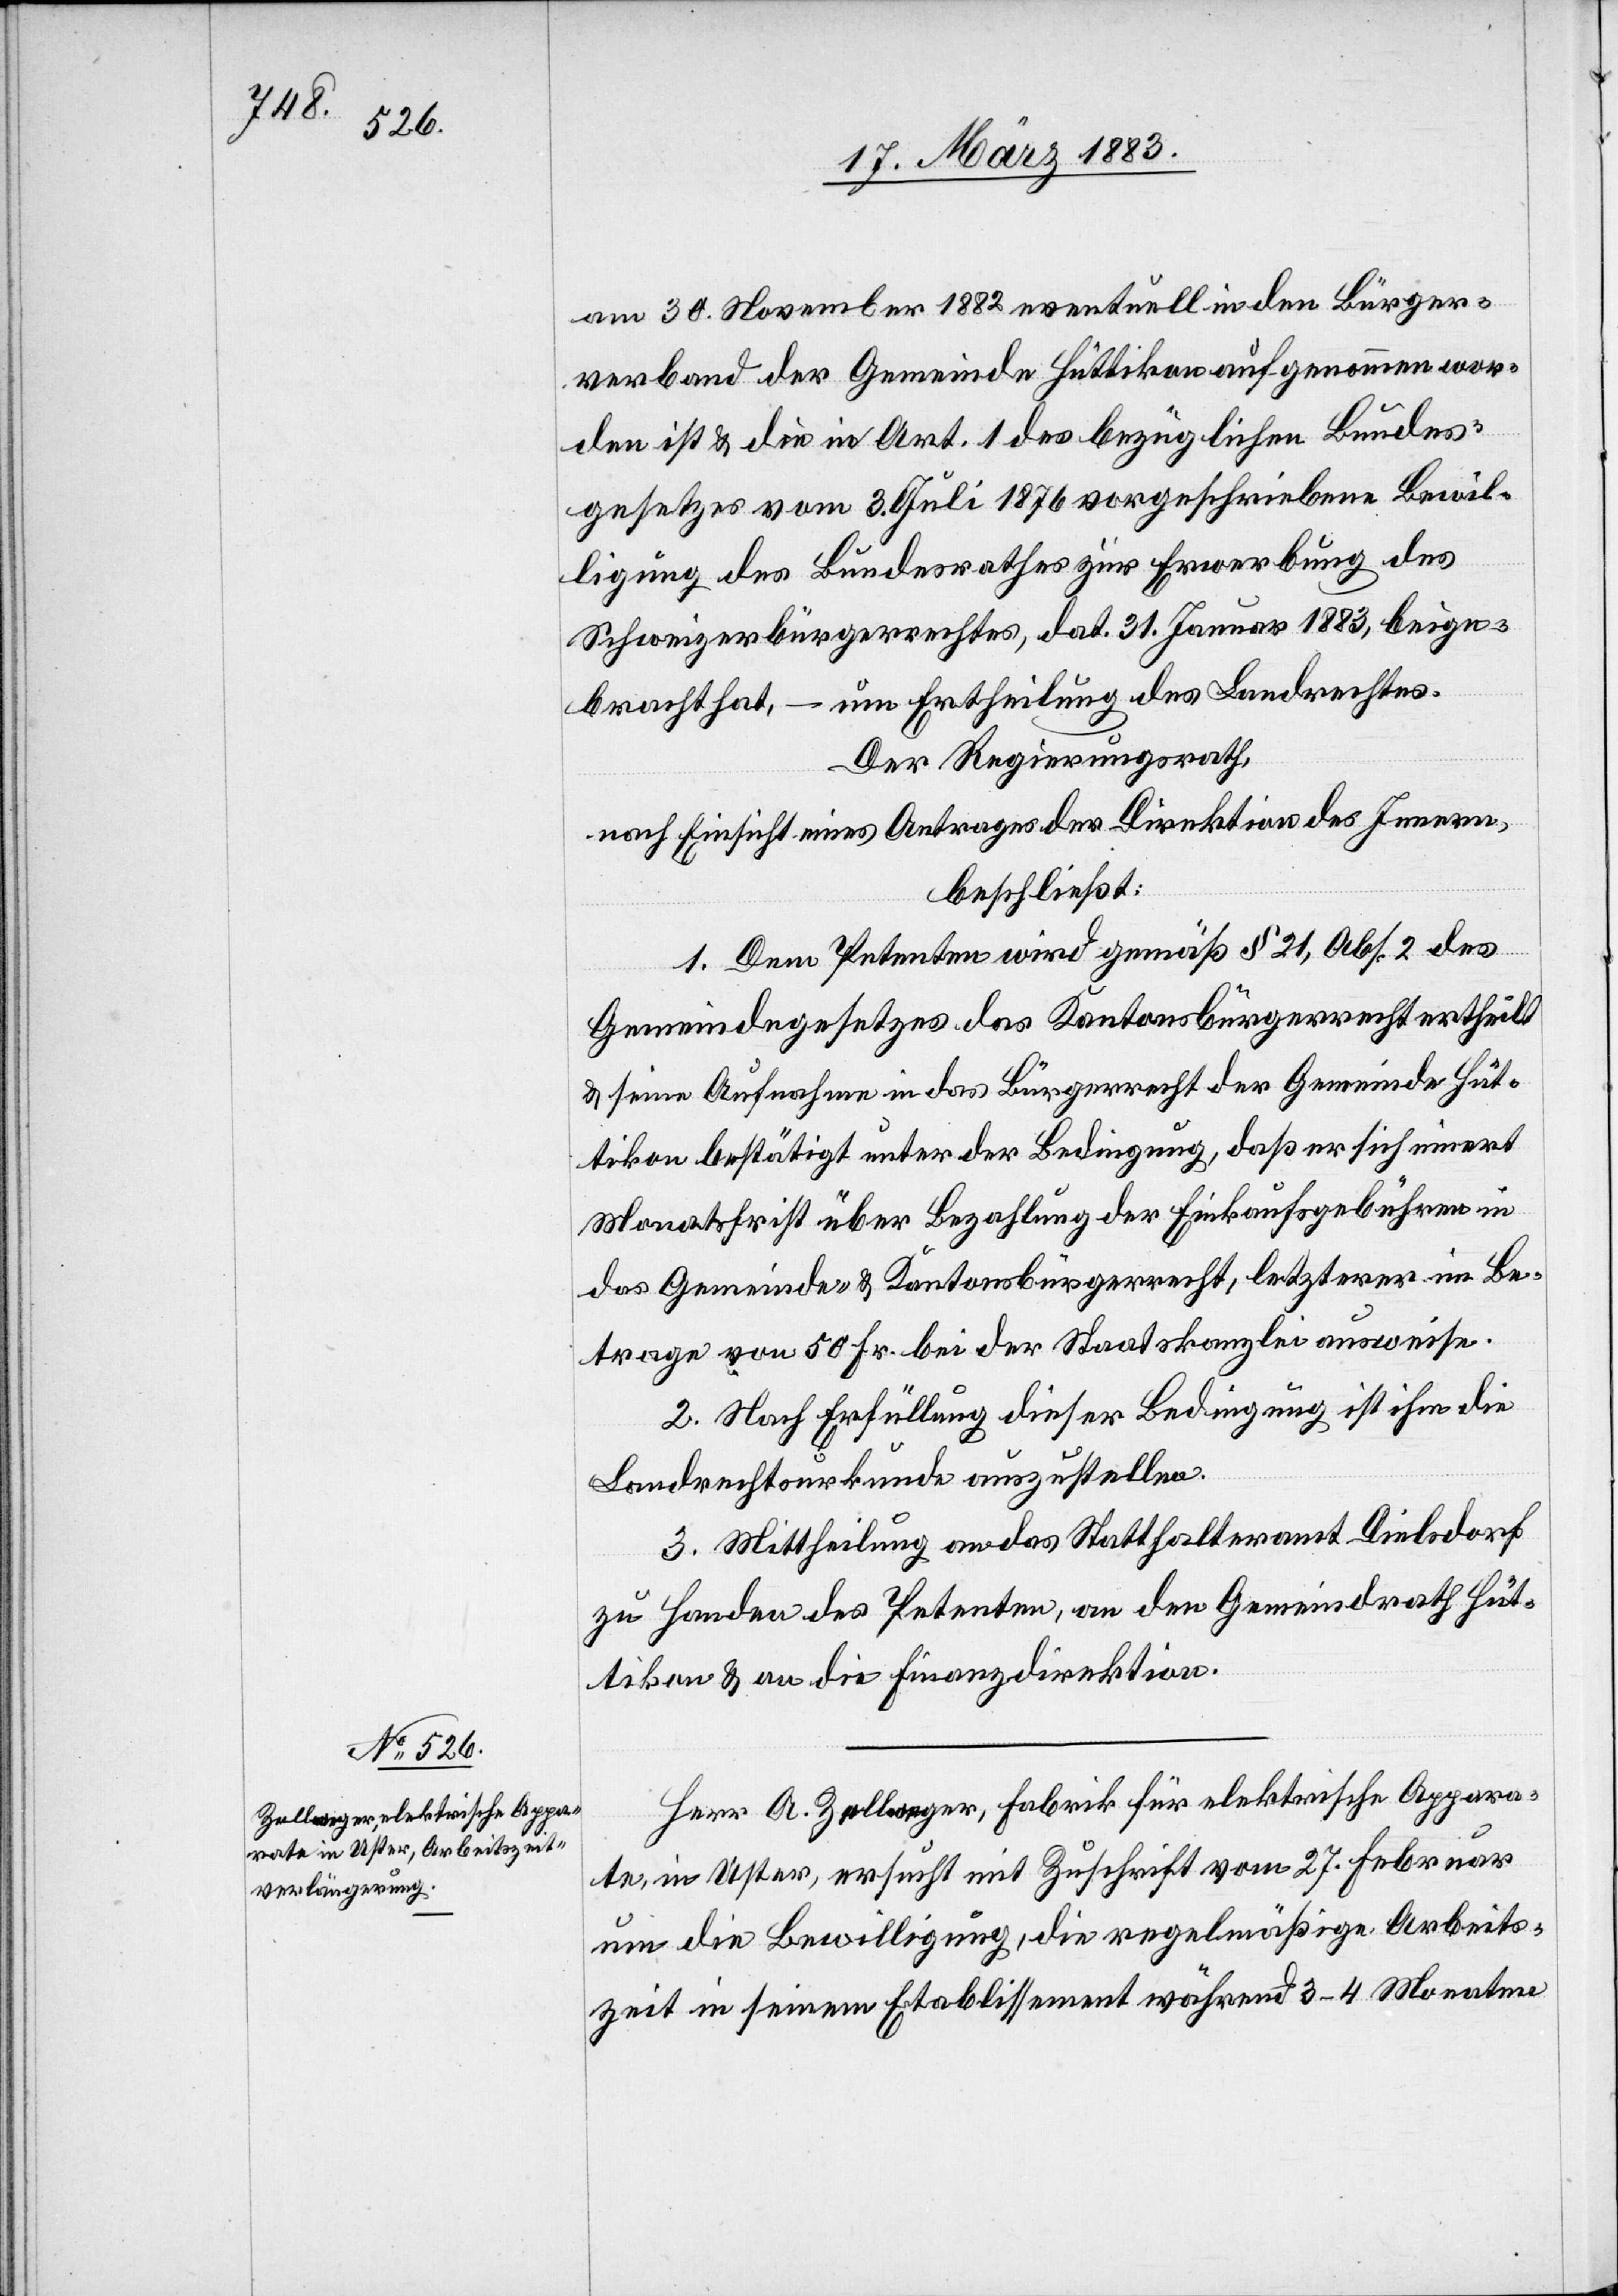
am 30. November 1882 eventuell in den Bürger¬
verband der Gemeinde Hüttikon aufgenommen wor¬
den ist und die in Art. 1 des bezüglichen Bundes¬
gesetzes vom 3. Juli 1876 vorgeschriebene Bewil¬
ligung des Bundesrathes zur Erwerbung des
Schweizerbürgerrechtes, dat. 31. Januar 1883, beige¬
bracht hat, – um Ertheilung des Landrechtes.
Der Regierungsrath,
nach Einsicht eines Antrages der Direktion des Innern,
beschließt:
1. Dem Petenten wird gemäß § 21, Abs. 2 des
Gemeindegesetzes das Kantonsbürgerrecht ertheilt
& seine Aufnahme in das Bürgerrecht der Gemeinde Hüt¬
tikon bestätigt unter der Bedingung, daß er sich innert
Monatsfrist über Bezahlung der Einkaufsgebühren in
das Gemeinde- & Kantonsbürgerrecht, letzterer im Be¬
trage von 50 Fr., bei der Staatskanzlei ausweise.
2. Nach Erfüllung dieser Bedingung ist ihm die
Landrechtsurkunde auszustellen.
3. Mittheilung an das Statthalteramt Dielsdorf
zu Handen des Petenten, an den Gemeindrath Hüt¬
tikon & an die Finanzdirektion.
Herr A. Zellweger, Fabrik für elektrische Appara¬
te, in Uster, ersucht mit Zuschrift vom 27. Febr.
um die Bewilligung, die regelmäßige Arbeits¬
zeit in seinem Etablissement während 3–4 Monaten